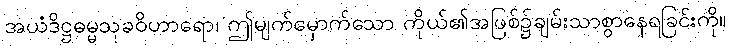
အယံဒိဋ္ဌဓမ္မသုခဝိဟာရော၊ ဤမျက်မှောက်သော ကိုယ်၏အဖြစ်၌ချမ်းသာစွာနေရခြင်းကို။